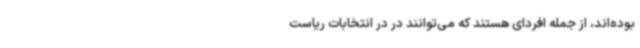
بوده‌اند، از جمله افردای هستند که می‌توانند در در انتخابات ریاست